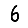
Digit: 6